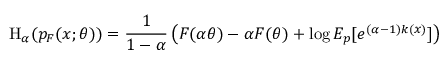
\mathrm { H } _ { \alpha } ( p _ { F } ( x ; \theta ) ) = { \frac { 1 } { 1 - \alpha } } \left( F ( \alpha \theta ) - \alpha F ( \theta ) + \log E _ { p } [ e ^ { ( \alpha - 1 ) k ( x ) } ] \right)